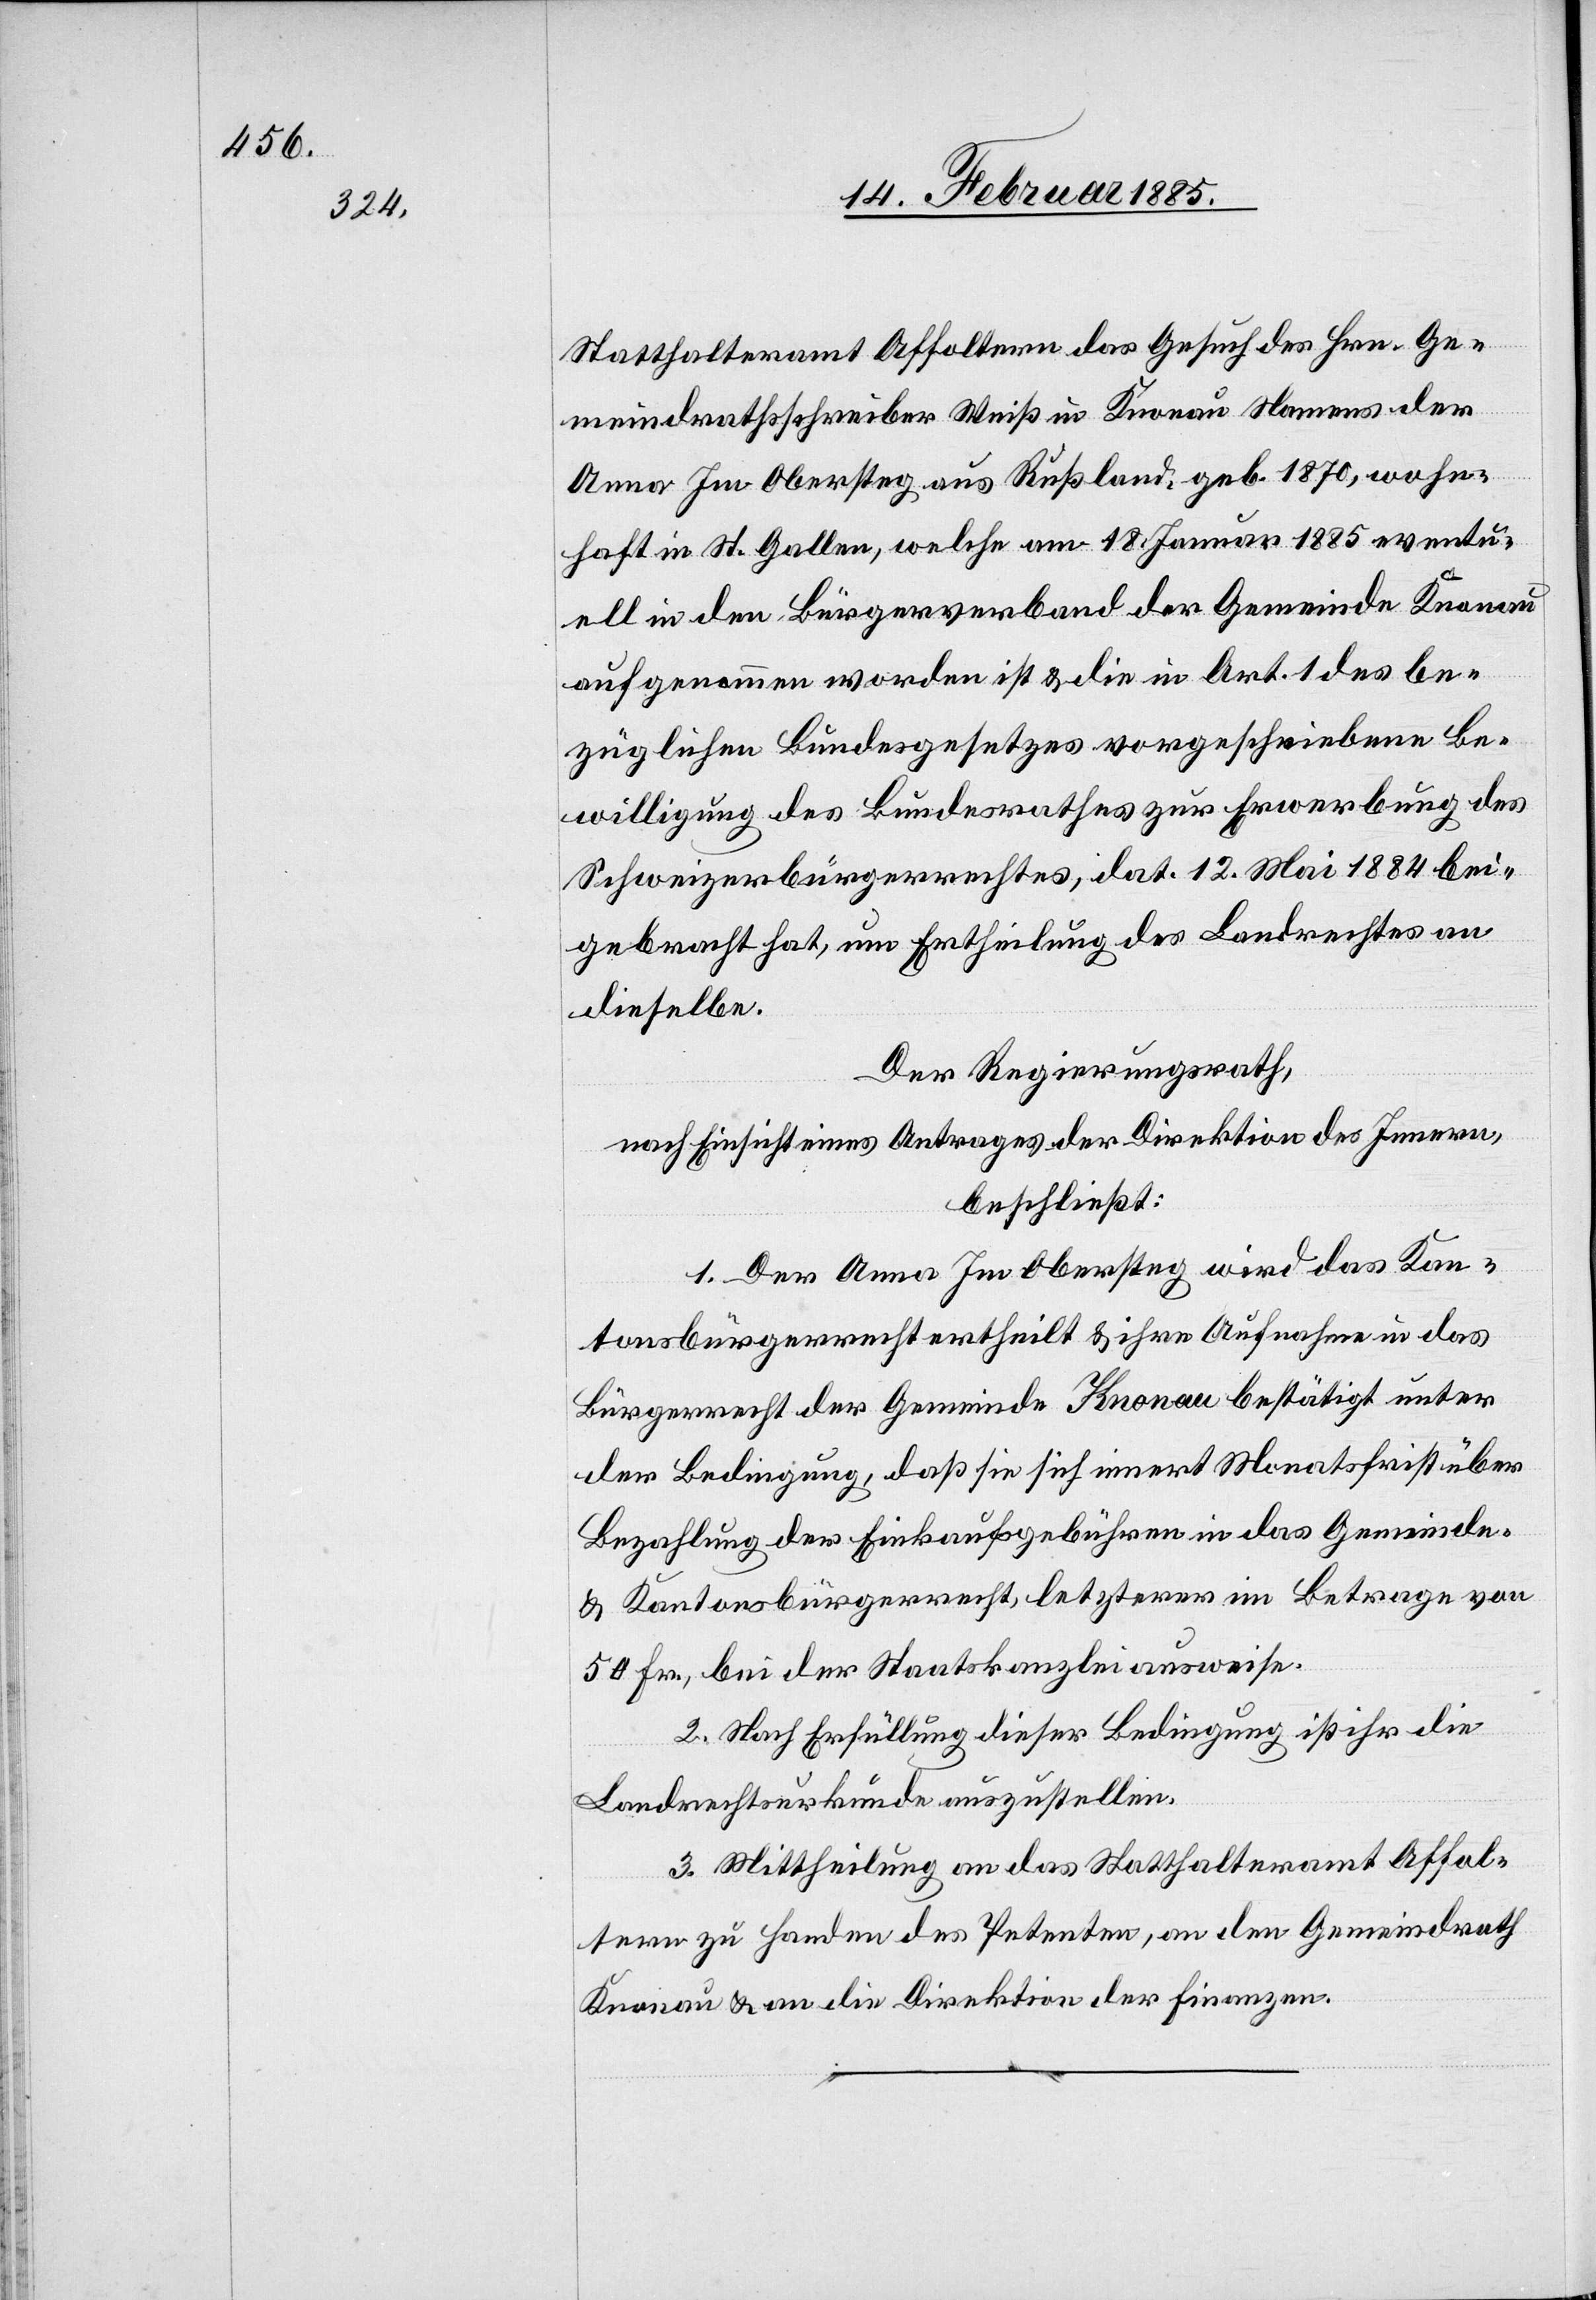
Statthalteramt Affoltern das Gesuch des Hrn. Ge¬
meindrathsschreiber Weiß in Knonau Namens der
Anna Im Obersteg aus Rußland, geb. 1870, wohn¬
haft in St. Gallen, welche am 18. Januar 1885 eventu¬
ell in den Bürgerverband aufgenommen worden
bezüglichen Bundesgesetzes vorgeschriebene Be¬
willigung des Bundesrathes zur Erwerbung des
Schweizerbürgerrechtes, dat. 12. Mai 1884 bei¬
gebracht hat, um Ertheilung des Landerechtes an
dieselbe.
Der Regierungsrath,
nach Einsicht eines Antrages der Direktion des Innern,
beschließt:
1. Der Anna Im Obersteg wird das Kan¬
tonsbürgerrecht ertheilt & ihre Aufnahme in das
Bürgerrecht der Gemeinde Knonau bestätigt unter
der Bedingung, daß sie sich innert Monatsfrist über
Bezahlung der Einkaufsgebühren in das Gemeinde-
& Kantonsbürgerrecht, letzterer im Betrage von
50 Fr., bei der Staatskanzlei ausweise.
2. Nach Erfüllung dieser Bedingung ist ihr die
Landrechtsurkunde auszustellen.
3. Mittheilung an das Statthalteramt Affol¬
tern zu Handen des Petenten, an den Gemeindrath
Knonau & an die Direktion der Finanzen.